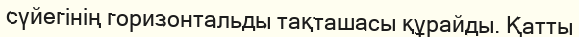
сүйегінің горизонтальды тақташасы құрайды. Қатты